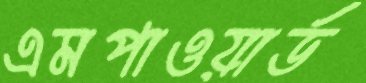
এমপাওয়ার্ড